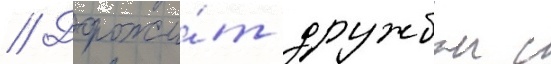
// Дорожи́т дружбои с